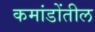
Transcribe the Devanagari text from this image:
कमांडोंतील